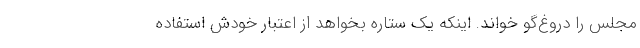
مجلس را دروغ‌گو خواند. اینکه یک ستاره بخواهد از اعتبار خودش استفاده